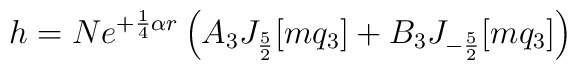
h = Ne^{+\frac{1}{4}\alpha r}\left( A_3 J_{\frac{5}{2}}[mq_3] +B_3 J_{-\frac{5}{2}}[mq_3]\right)